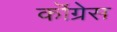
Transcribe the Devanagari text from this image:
कॊंग्रेस